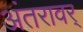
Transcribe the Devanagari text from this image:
अंतरावर्